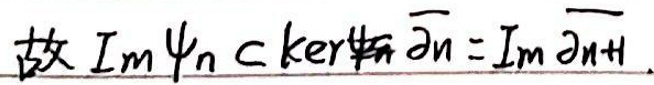
故 $\text{Im} \psi_n \subset \text{ker} \overline{\partial}_n=\text{Im} \overline{\partial}_{n + 1}$